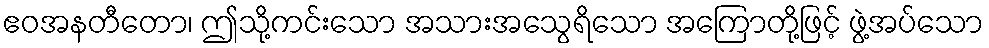
ဧဝအနတီတော၊ ဤသို့ကင်းသော အသားအသွေရိသော အကြောတို့ဖြင့် ဖွဲ့အပ်သော